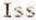
ISS